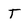
Character: T